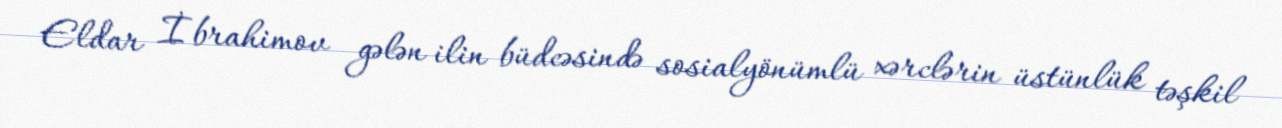
Eldar İbrahimov gələn ilin büdcəsində sosialyönümlü xərclərin üstünlük təşkil